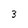
Character: 3